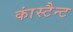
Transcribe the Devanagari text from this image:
कांस्टैन्ट